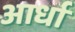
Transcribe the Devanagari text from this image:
आर्धा